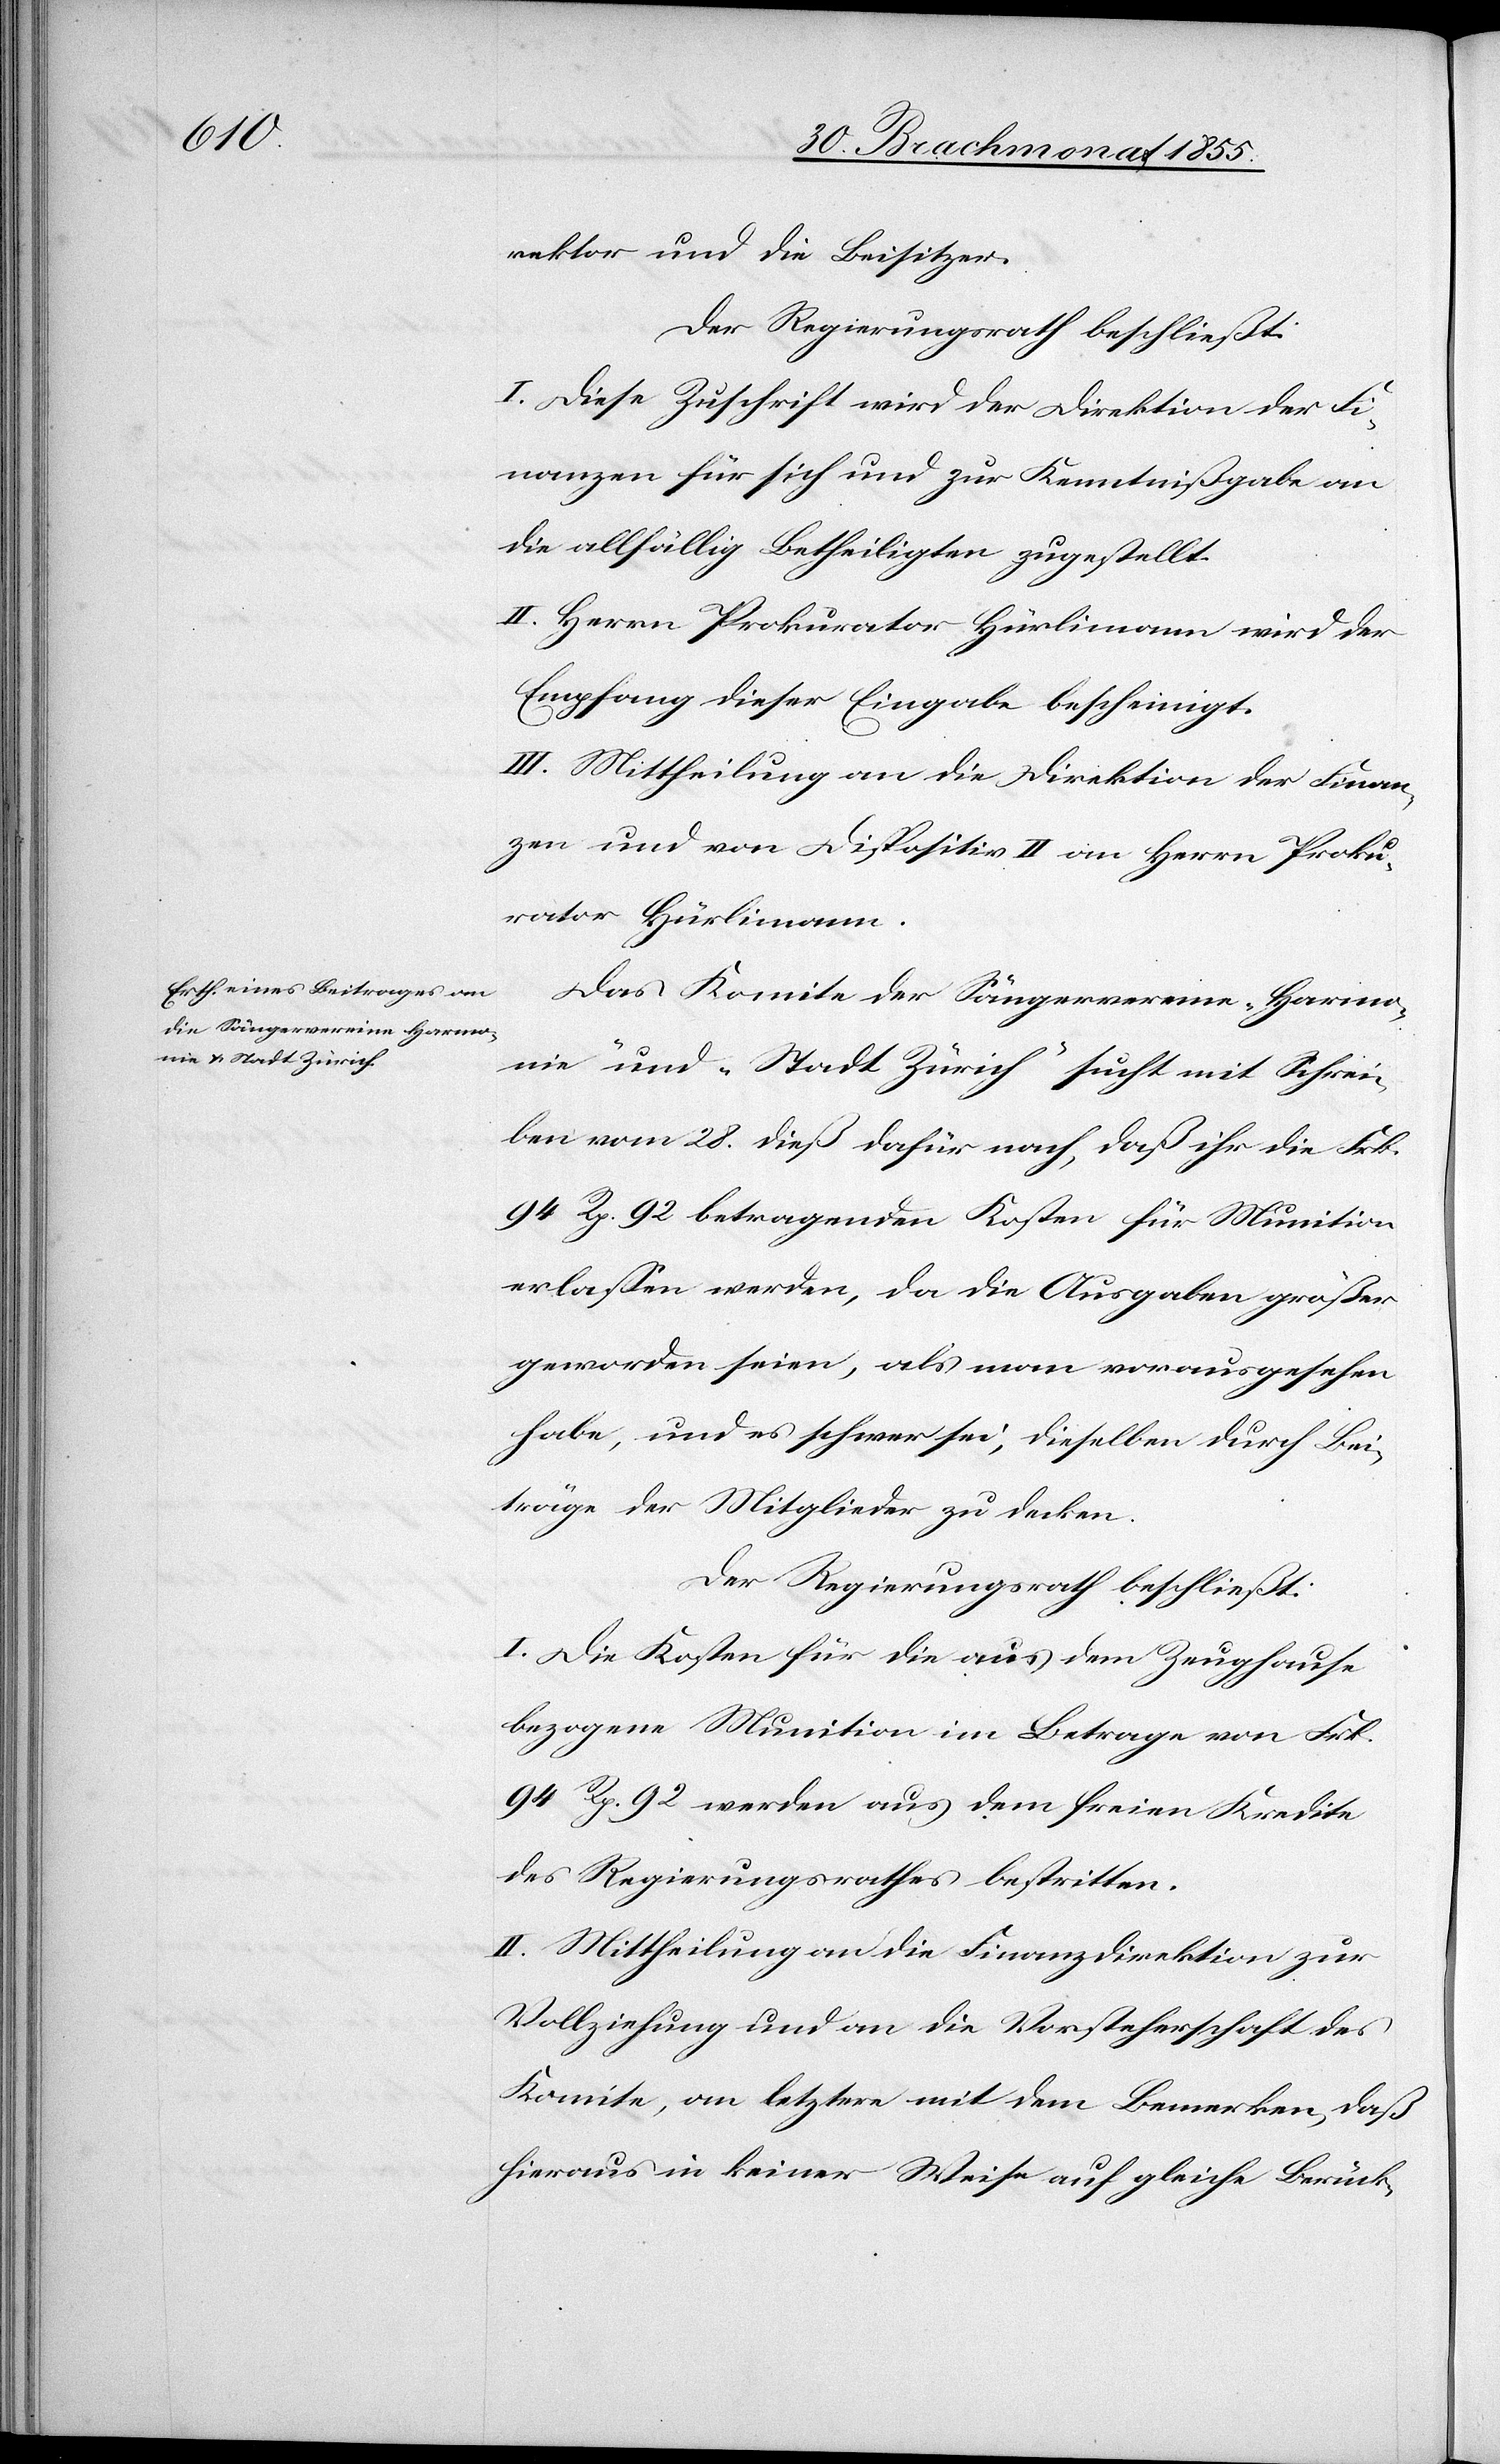
rektor und die Beisitzer.
Der Regierungsrath beschließt:
I. Diese Zuschrift wird der Direktion der Fi¬
nanzen für sich und zur Kenntnißgabe an
die allfällig Betheiligten zugestellt.
II. Herrn Prokurator Hürlimann wird der
Empfang dieser Eingabe bescheinigt.
III. Mittheilung an die Direktion der Finan¬
zen und von Dispositiv II an Herrn Proku¬
rator Hürlimann.
Das Komite der Sängervereine „Harmo¬
nie“ und „Stadt Zürich“ sucht mit Schrei¬
ben vom 28. dieß dafür nach, daß ihr die Frk.
94 Rp. 92 betragenden Kosten für Munition
erlassen werden, da die Ausgaben größer
geworden seien, als man vorausgesehen
habe, und es schwer sei, dieselben durch Bei¬
träge der Mitglieder zu decken.
Der Regierungsrath beschließt:
I. Die Kosten für die aus dem Zeughause
bezogene Munition im Betrage von Frk.
94 Rp. 92 werden aus dem freien Kredite
des Regierungsrathes bestritten.
II. Mittheilung an die Finanzdirektion zur
Vollziehung und an die Vorsteherschaft des
Komite, an letztere mit dem Bemerken, daß
hieraus in keiner Weise auf gleiche Berück-